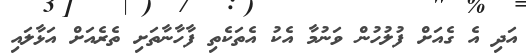
އަދި އެ ގެއަށް ފުލުހުން ވަނުމާ އެކު އެތަކެތި ފާހާނާތަށި ތެރެއަށް އަޅާލައި